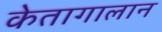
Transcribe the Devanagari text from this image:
केतागालान